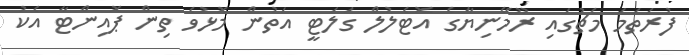
ފުރަތަމަ މެޗުގައި ރޫމޭނިޔާގެ އޮޓެލުލް ގަލަޓީ އަތުން މޮޅުވެ ތިން ޕޮއިންޓާ އެކު